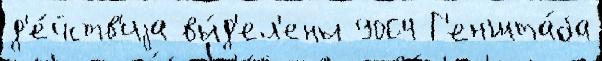
д'е́йств'иjа вы́д'ел'ены 9064 Г'еншта́ба